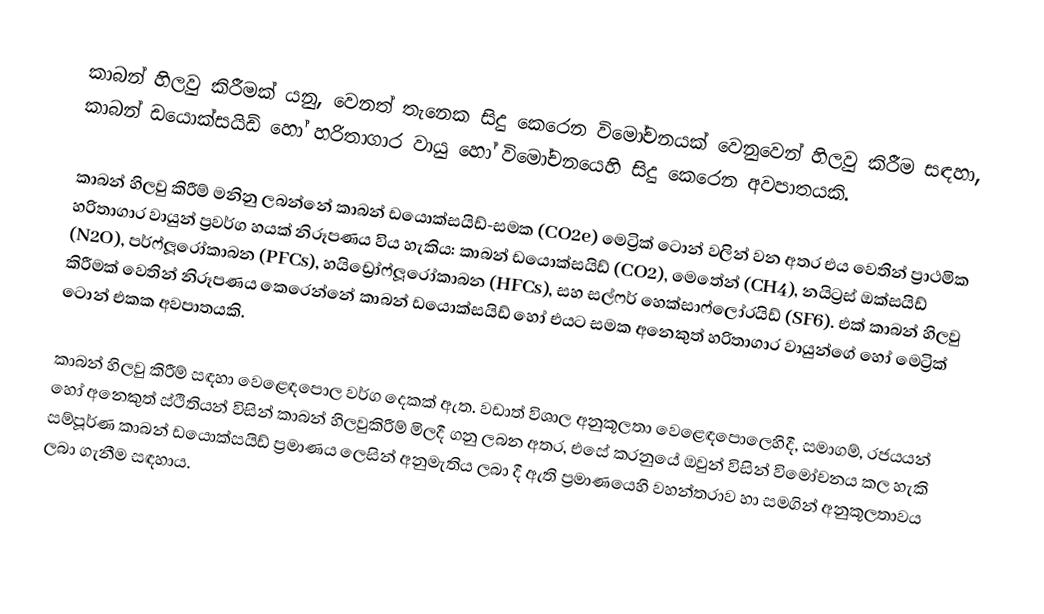
කාබන් හිලවු කිරීමක් යනු, වෙනත් තැනෙක සිදු කෙරෙන විමෝචනයක් වෙනුවෙන් හිලවු කිරීම සඳහා, කාබන් ඩයොක්සයිඩ් හෝ හරිතාගාර වායු හෝ විමෝචනයෙහි සිදු කෙරෙන අවපාතයකි.

කාබන්  හිලවු කිරීම් මනිනු ලබන්නේ  කාබන් ඩයොක්සයිඩ්-සමක (CO2e) මෙට්‍රික් ටොන් වලින් වන අතර එය වෙතින් ප්‍රාථමික හරිතාගාර වායුන් ප්‍රවර්ග හයක් නිරූපණය විය හැකිය: කාබන් ඩයොක්සයිඩ් (CO2), මෙතේන් (CH4), නයිට්‍රස් ඔක්සයිඩ් (N2O), පර්ෆ්ලූරෝකාබන (PFCs), හයිඩ්‍රෝෆ්ලූරෝකාබන (HFCs), සහ සල්ෆර් හෙක්සාෆ්ලෝරයිඩ් (SF6).  එක් කාබන් හිලවු කිරීමක් වෙතින් නිරූපණය කෙරෙන්නේ කාබන් ඩයොක්සයිඩ් හෝ එයට සමක අනෙකුත් හරිතාගාර වායුන්ගේ හෝ මෙට්‍රික් ටොන් එකක අවපාතයකි.

කාබන් හිලවු කිරීම් සඳහා වෙළෙඳපොල වර්ග දෙකක් ඇත. වඩාත් විශාල අනුකූලතා වෙළෙඳපොලෙහිදී, සමාගම්, රජයයන් හෝ අනෙකුත් ස්ථිතියන් විසින් කාබන් හිලවුකිරීම් මිලදී ගනු ලබන අතර, එසේ කරනුයේ  ඔවුන් විසින් විමෝචනය කල හැකි සම්පූර්ණ කාබන් ඩයොක්සයිඩ් ප්‍රමාණය ලෙසින් අනුමැතිය ලබා දී ඇති ප්‍රමාණයෙහි වහන්තරාව හා සමගින් අනුකූලතාවය ලබා ගැනීම සඳහාය.